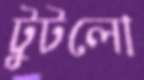
টুটলো